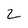
Character: 2